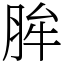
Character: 䏬